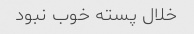
خلال پسته خوب نبود